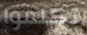
تكلموا